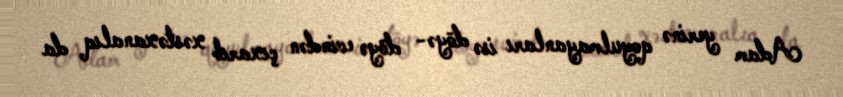
Adam yerinə qoyulmayanları isə döyə- döyə evindən çıxarıb xəstəxanalıq da